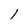
Character: 1